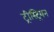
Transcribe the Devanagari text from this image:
ट्रीस्ट्रियन